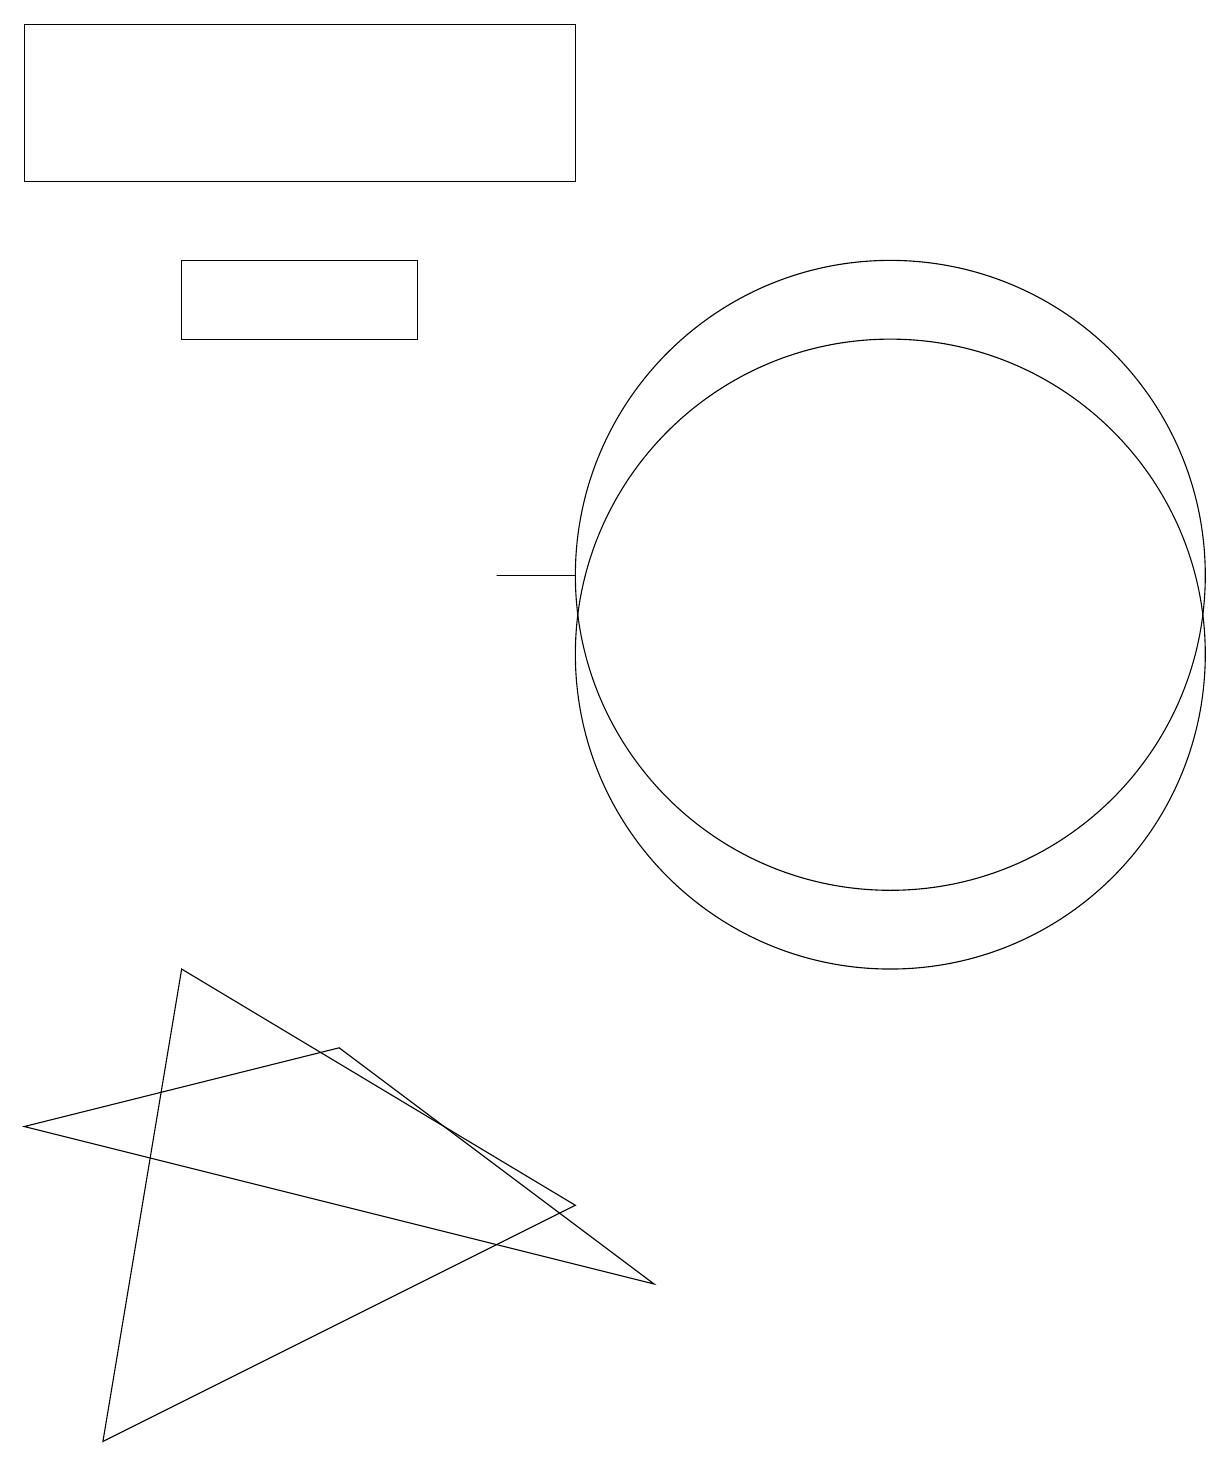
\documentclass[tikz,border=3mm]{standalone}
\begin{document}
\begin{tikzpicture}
\draw (11,10) circle (4);
\draw (11,11) circle (4);
\draw (7,11) rectangle (6,11);
\draw (0,18) rectangle (7,16);
\draw (1,0) -- (7,3) -- (2,6) -- cycle;
\draw (5,15) rectangle (2,14);
\draw (8,2) -- (0,4) -- (4,5) -- cycle;
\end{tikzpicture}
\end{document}